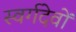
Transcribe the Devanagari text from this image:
स्वर्गदेवों